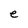
Character: e